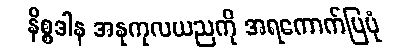
နိစ္စဒါန အနုကုလယညကို အရကောက်ပြပုံ